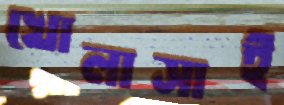
খোলাসাই